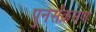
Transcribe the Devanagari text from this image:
पुनर्संक्रमण